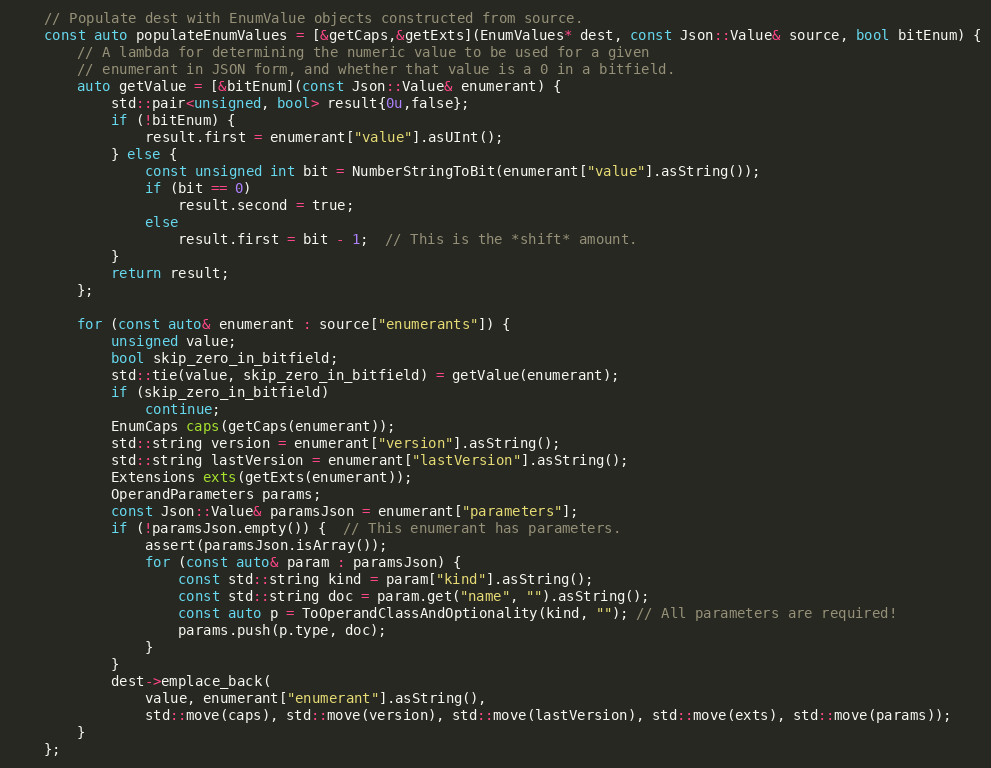
Language: C++
    // Populate dest with EnumValue objects constructed from source.
    const auto populateEnumValues = [&getCaps,&getExts](EnumValues* dest, const Json::Value& source, bool bitEnum) {
        // A lambda for determining the numeric value to be used for a given
        // enumerant in JSON form, and whether that value is a 0 in a bitfield.
        auto getValue = [&bitEnum](const Json::Value& enumerant) {
            std::pair<unsigned, bool> result{0u,false};
            if (!bitEnum) {
                result.first = enumerant["value"].asUInt();
            } else {
                const unsigned int bit = NumberStringToBit(enumerant["value"].asString());
                if (bit == 0)
                    result.second = true;
                else
                    result.first = bit - 1;  // This is the *shift* amount.
            }
            return result;
        };

        for (const auto& enumerant : source["enumerants"]) {
            unsigned value;
            bool skip_zero_in_bitfield;
            std::tie(value, skip_zero_in_bitfield) = getValue(enumerant);
            if (skip_zero_in_bitfield)
                continue;
            EnumCaps caps(getCaps(enumerant));
            std::string version = enumerant["version"].asString();
            std::string lastVersion = enumerant["lastVersion"].asString();
            Extensions exts(getExts(enumerant));
            OperandParameters params;
            const Json::Value& paramsJson = enumerant["parameters"];
            if (!paramsJson.empty()) {  // This enumerant has parameters.
                assert(paramsJson.isArray());
                for (const auto& param : paramsJson) {
                    const std::string kind = param["kind"].asString();
                    const std::string doc = param.get("name", "").asString();
                    const auto p = ToOperandClassAndOptionality(kind, ""); // All parameters are required!
                    params.push(p.type, doc);
                }
            }
            dest->emplace_back(
                value, enumerant["enumerant"].asString(),
                std::move(caps), std::move(version), std::move(lastVersion), std::move(exts), std::move(params));
        }
    };